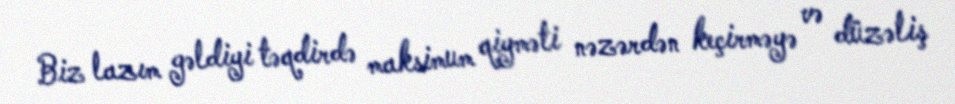
Biz lazım gəldiyi təqdirdə maksimum qiyməti nəzərdən keçirməyə və düzəliş